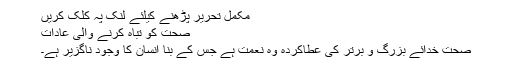
مکمل تحریر پڑھنے کیلئے لنک پہ کلک کریں
صحت کو تباہ کرنے والی عادات
صحت خدائے بزرگ و برتر کی عطاکردہ وہ نعمت ہے جس کے بنا انسان کا وجود ناگزیر ہے۔